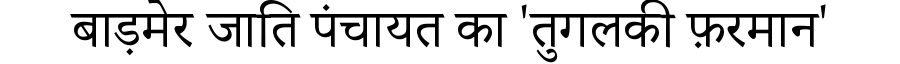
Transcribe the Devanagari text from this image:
बाड़मेर जाति पंचायत का 'तुगलकी फ़रमान'